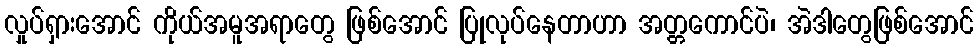
လှုပ်ရှားအောင် ကိုယ်အမူအရာတွေ ဖြစ်အောင် ပြုလုပ်နေတာဟာ အတ္တကောင်ပဲ၊ အဲဒါတွေဖြစ်အောင်